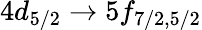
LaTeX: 4d_{5/2}\rightarrow 5f_{7/2,5/2}